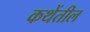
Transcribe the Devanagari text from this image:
कथेंतील